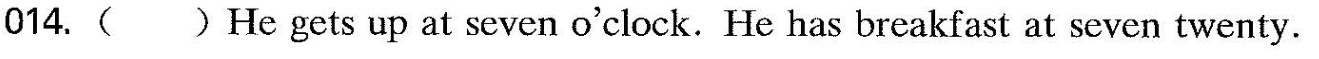
014.( )He gets up at seven o'clock. He has breakfast at seven twenty.